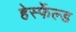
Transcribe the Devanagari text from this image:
हेर्स्फेल्ड